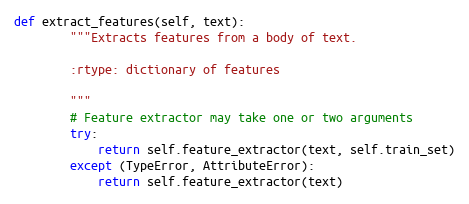
Language: Python
def extract_features(self, text):
        """Extracts features from a body of text.

        :rtype: dictionary of features

        """
        # Feature extractor may take one or two arguments
        try:
            return self.feature_extractor(text, self.train_set)
        except (TypeError, AttributeError):
            return self.feature_extractor(text)